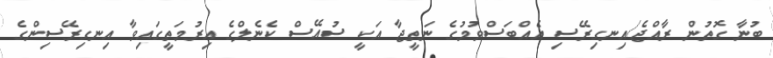
ބުނާ ގޮތުން ރާއްޖެ/އިނގިރޭސި އެއްބަސްވުމުގެ ނަތީޖާ އަކީ ސުއޭސް ކެނެލްގެ އިރުމަތީގައިވާ އިނގިރޭސިންގެ